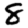
Digit: 8